Report of an investigation of the epidemic of malarial fever in Assam, or, kala-azar
Disease focus: Malaria
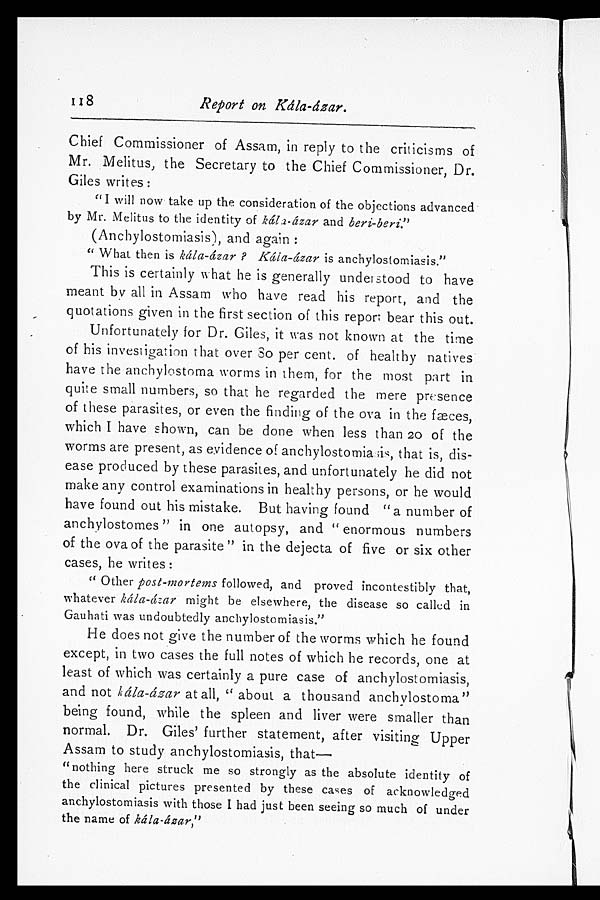
118
Report on Kála-ázar.
Chief Commissioner of Assam, in reply to the criticisms of
Mr. Melitus, the Secretary to the Chief Commissioner, Dr.
Giles writes:
"I will now take up the consideration of the objections advanced
by Mr. Melitus to the identity of kála-ázar and beri-beri."
(Anchylostomiasis), and again:
"What then is kála-ázar? Kála-ázar is anchylostomiasis."
This is certainly what he is generally understood to have
meant by all in Assam who have read his report, and the
quotations given in the first section of this report bear this out.
Unfortunately for Dr. Giles, it was not known at the time
of his investigation that over 80 per cent. of healthy natives
have the anchylostoma worms in them, for the most part in
quite small numbers, so that he regarded the mere presence
of these parasites, or even the finding of the ova in the fæces,
which I have shown, can be done when less than 20 of the
worms are present, as evidence of anchylostomiasis, that is, dis
- e a s e p r o d u c e d b y t h e s e p a r a s i t e s , a n d u n f o r t u n a t e l y h e d i d n o t
make any control examinations in healthy persons, or he would
have found out his mistake. But having found "a number of
anchylostomes" in one autopsy, and "enormous numbers
of the ova of the parasite" in the dejecta of five or six other
cases, he writes:
"Other post-mortems followed, and proved incontestibly that,
whatever kála-ázar might be elsewhere, the disease so called in
Gauhati was undoubtedly anchylostomiasis."
He does not give the number of the worms which he found
except, in two cases the full notes of which he records, one at
least of which was certainly a pure case of anchylostomiasis,
and not kála-ázar at all, "about a thousand anchvlostoma"
being found, while the spleen and liver were smaller than
normal. Dr. Giles' further statement, after visiting Upper
Assam to study anchylostomiasis, that
—
"nothing here struck me so strongly as the absolute identity of
the clinical pictures presented by these cases of acknowledged
anchylostomiasis with those I had just been seeing so much of under
the name of kála-ázar,"